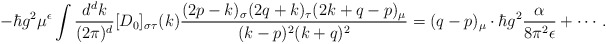
\begin{align*}- \hbar g^2 \mu^\epsilon\int\frac{d^d k}{(2\pi)^d} [D_0]_{\sigma\tau}(k)\frac{(2p-k)_\sigma (2q+k)_\tau (2k+q-p)_\mu}{(k-p)^2 (k+q)^2}= (q-p)_\mu\cdot\hbar g^2 \frac{\alpha}{8 \pi^2\epsilon} + \cdots .\end{align*}